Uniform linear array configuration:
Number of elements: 4
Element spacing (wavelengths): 0.5
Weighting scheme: cosine
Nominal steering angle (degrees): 45
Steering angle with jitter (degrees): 43.437
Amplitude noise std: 0.05
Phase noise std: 0.05

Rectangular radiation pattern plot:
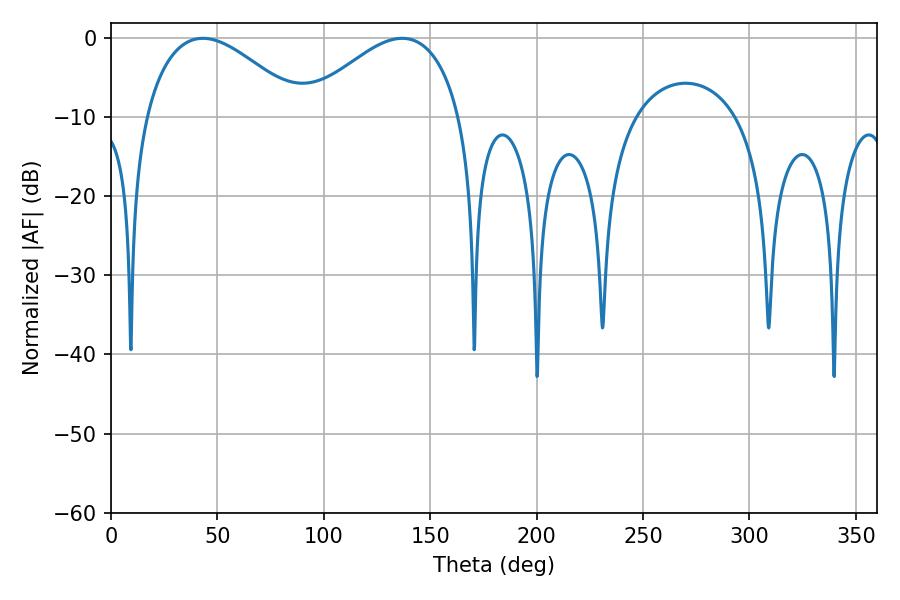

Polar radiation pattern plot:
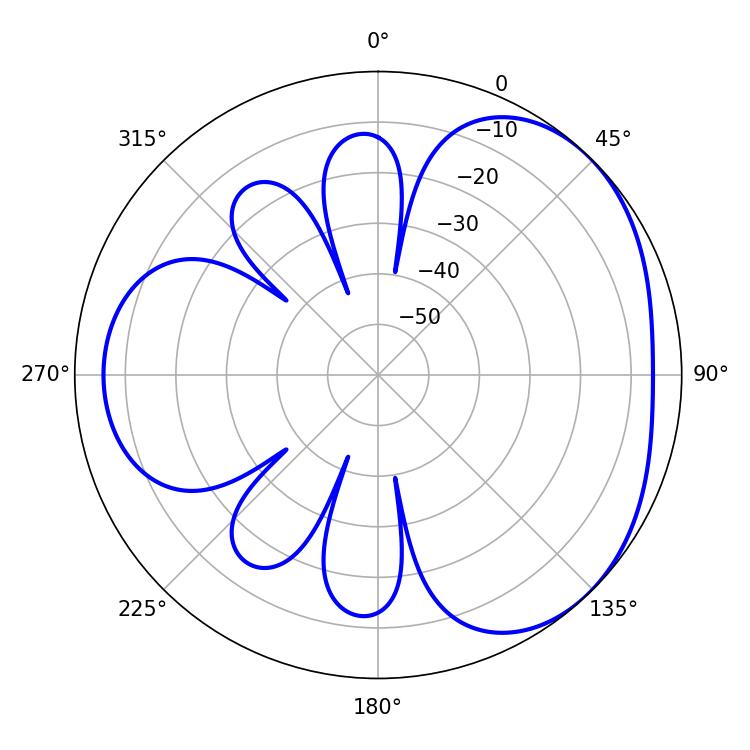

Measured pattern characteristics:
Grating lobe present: FALSE
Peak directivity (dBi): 3.391
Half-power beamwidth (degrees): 40.5
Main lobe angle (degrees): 43.2